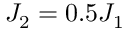
J _ { 2 } = 0 . 5 J _ { 1 }